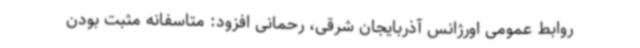
روابط عمومی اورژانس آذربایجان شرقی، رحمانی افزود: متاسفانه مثبت بودن